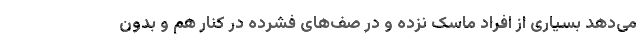
می‌دهد بسیاری از افراد ماسک نزده و در صف‌های فشرده در کنار هم و بدون